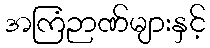
အကြံဉာဏ်များနှင့်